Vaccination in Bombay 1863-1868 - 1863-1868
Year: 1863
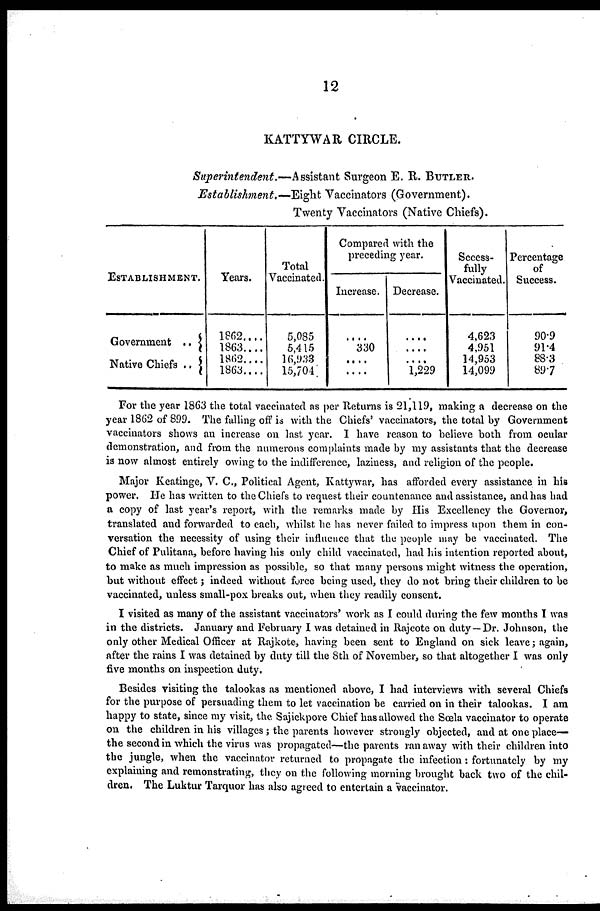
12
KATTYWAR CIRCLE.
Superintendent.—Assistant
Surgeon E. R. BUTLER.
Establishment.—Eight
Vaccinators (Government).
Twenty Vaccinators (Native Chiefs).
ESTABLISHMENT.
Government ..
Native Chiefs ..
Years.
1862....
1863....
1862....
1863....
Total
Vaccinated.
5,085
5,415
16,933
15,704
Compared with the
preceding year.
Increase.
....
330
....
....
Decrease.
....
....
....
1,229
Success-
fully
Vaccinated.
4,623
4,951
14,953
14,099
Percentage
of
Success.
90.9
91.4
88.3
89.7
For the year 1863 the total vaccinated as per Returns is 21,119, making a decrease on the
year 1862 of 899. The falling off is with the Chiefs' vaccinators, the total by Government
vaccinators shows an increase on last year. I have reason to believe both from ocular
demonstration, and from the numerous complaints made by my assistants that the decrease
is now almost entirely owing to the indifference, laziness, and religion of the people.
Major Keatinge, V. C, Political Agent, Kattywar, has afforded every assistance in his
power. He has written to the Chiefs to request their countenance and assistance, and has had
a copy of last year's report, with the remarks made by His Excellency the Governor,
translated and forwarded to each, whilst he has never failed to impress upon them in con-
versation the necessity of using their influence that the people may be vaccinated. The
Chief of Pulitana, before having his only child vaccinated, had his intention reported about,
to make as much impression as possible, so that many persons might witness the operation,
but without effect ; indeed without force being used, they do not bring their children to be
vaccinated, unless small-pox breaks out, when they readily consent.
I visited as many of the assistant vaccinators' work as I could during the few months I was
in the districts. January and February I was detained in Rajcote on duty—Dr. Johnson, the
only other Medical Officer at Rajkote, having been sent to England on sick leave ; again,
after the rains I was detained by duty till the 8th of November, so that altogether I was only
five months on inspection duty.
Besides visiting the talookas as mentioned above, I had interviews with several Chiefs
for the purpose of persuading them to let vaccination be carried on in their talookas. I am
happy to state, since my visit, the Sajickpore Chief has allowed the Sœla vaccinator to operate
on the children in his villages ; the parents however strongly objected, and at one place—
the second in which the virus was propagated—the parents ran away with their children into
the jungle, when the vaccinator returned to propagate the infection : fortunately by my
explaining and remonstrating, they on the following morning brought back two of the chil-
dren. The Luktur Tarquor has also agreed to entertain a vaccinator.